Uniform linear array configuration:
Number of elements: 48
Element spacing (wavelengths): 0.5
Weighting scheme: hann
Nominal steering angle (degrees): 15
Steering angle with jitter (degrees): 14.805
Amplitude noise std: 0.05
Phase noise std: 0.05

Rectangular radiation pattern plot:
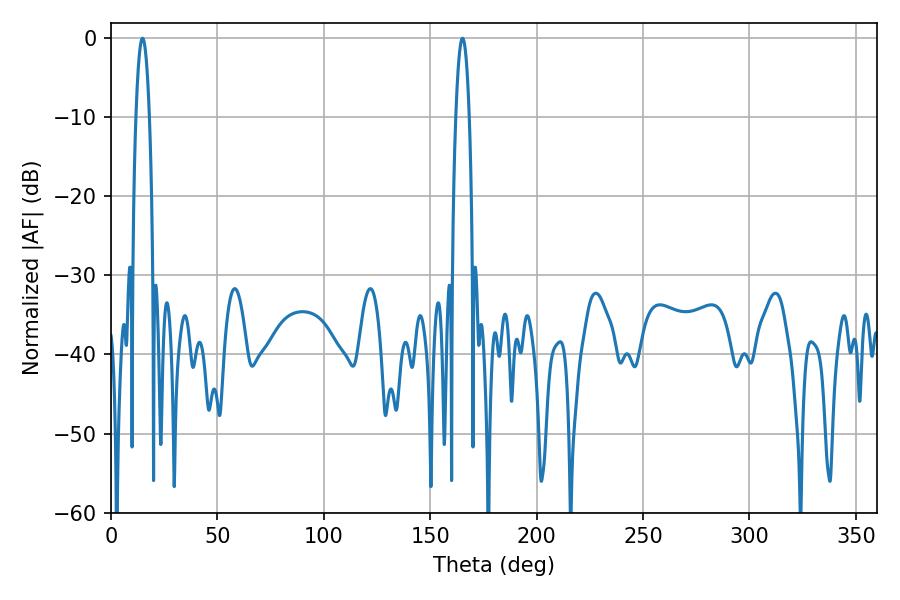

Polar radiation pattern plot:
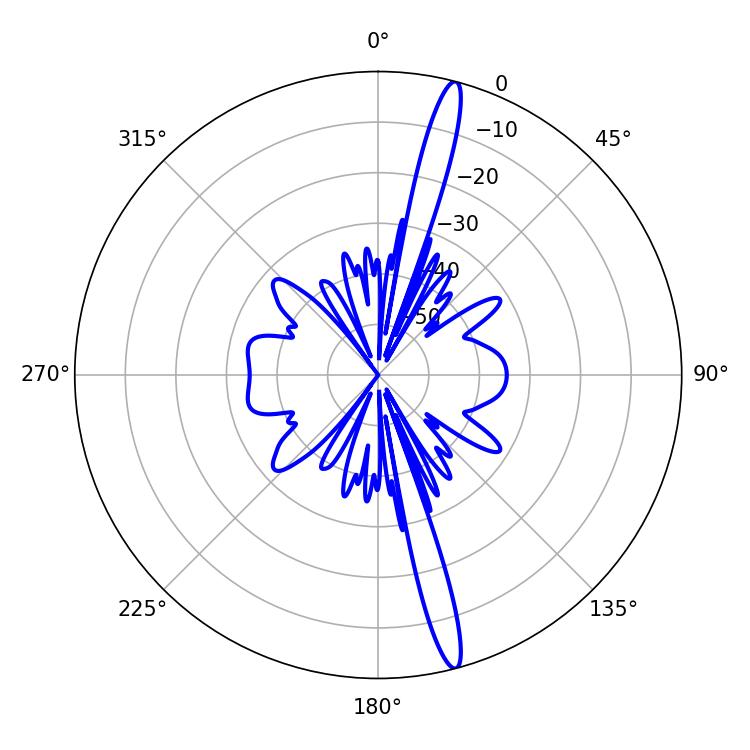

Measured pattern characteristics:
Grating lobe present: FALSE
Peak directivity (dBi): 17.72
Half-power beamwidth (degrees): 3.42
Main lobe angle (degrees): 14.76